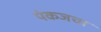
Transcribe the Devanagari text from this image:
पंकजचा